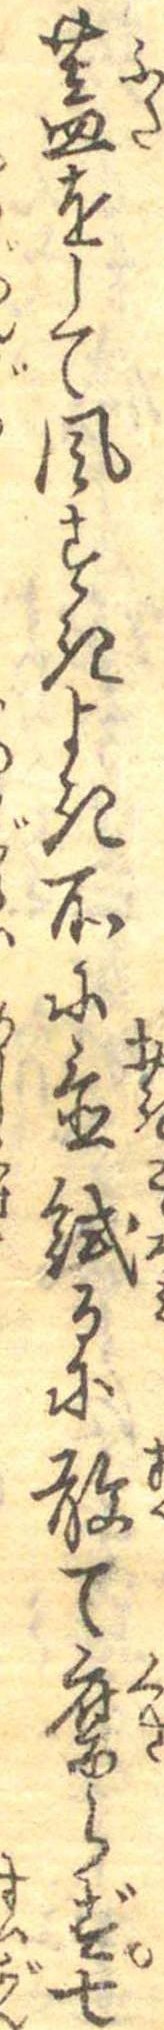
蓋をして風すきよき所に置試るに敢て腐らず七